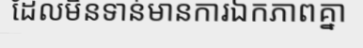
ដែលមិនទាន់មានការឯកភាពគ្នា